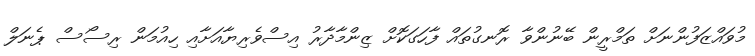
މުވައްޒަފުންނަށް ތަމްރީން ބޭނުންވާ ރޮނގުތައް ފާހަގަކޮށް ޒިންމާދާރު އިސްވެރިޔާއަށާއި ހިއުމަން ރިސޯސް ޕެނަލް